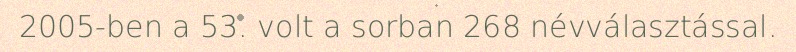
2005-ben a 53. volt a sorban 268 névválasztással.